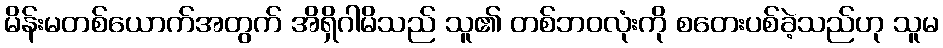
မိန်းမတစ်ယောက်အတွက် အိရှိဂါမိသည် သူ၏ တစ်ဘဝလုံးကို စတေးပစ်ခဲ့သည်ဟု သူမ